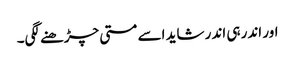
اور اندر ہی اندر شاید اسے مستی چڑھنے لگی۔